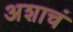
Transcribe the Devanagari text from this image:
अशाचं